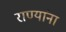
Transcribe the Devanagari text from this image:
राण्यांना